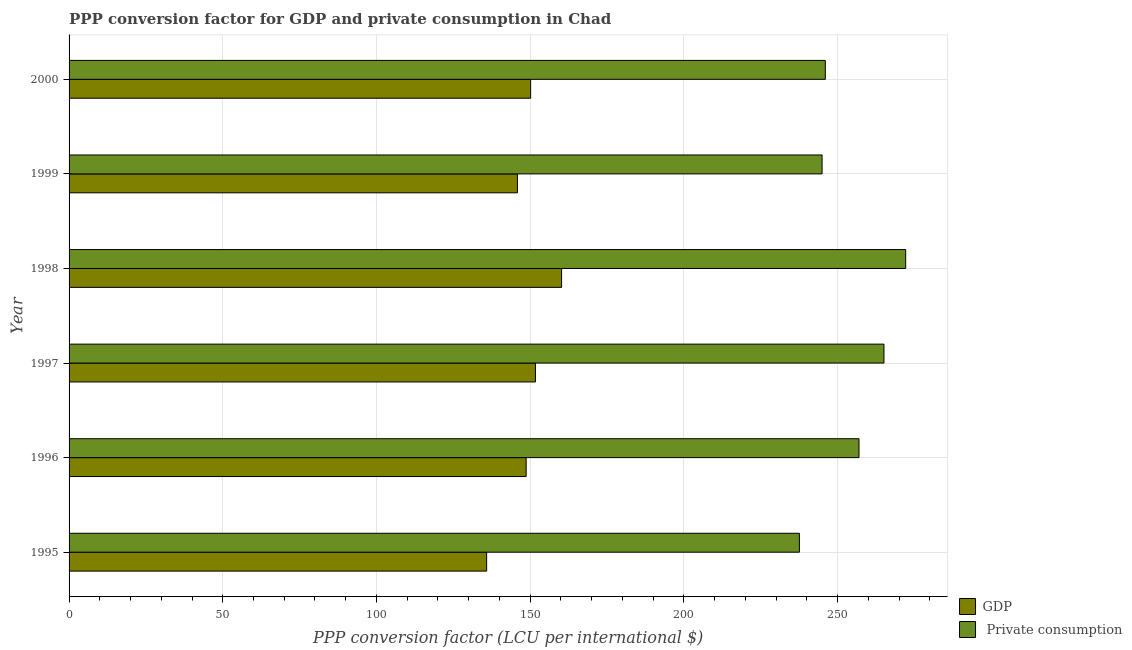
| Year | GDP |  Private consumption |
 | --- | --- | --- |
 | 1995 | 136 | 238 |
 | 1996 | 149 | 257 |
 | 1997 | 152 | 265 |
 | 1998 | 160 | 272 |
 | 1999 | 146 | 245 |
 | 2000 | 150 | 246 |